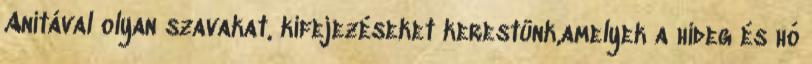
Anitával olyan szavakat, kifejezéseket kerestünk,amelyek a hideg és hó